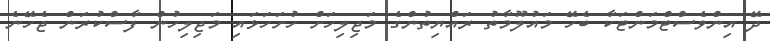
ދޭ އިންވެސްޓްމަންޓަކާ ބެހޭ މައުލޫމާތު ރައްޔިތުންގެ މަޖިލިހަށް ހުށަހަޅައި މަޖިލިހުން ފާސްކުރަން ޖެހޭނެ